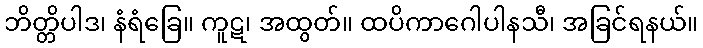
ဘိတ္တိပါဒ၊ နံရံခြေ။ ကူဋ၊ အထွတ်။ ထပိကာဂေါပါနသီ၊ အခြင်ရနယ်။